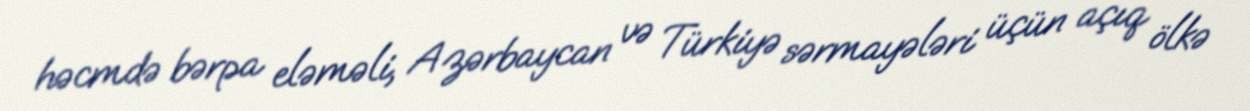
həcmdə bərpa eləməli, Azərbaycan və Türkiyə sərmayələri üçün açıq ölkə